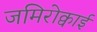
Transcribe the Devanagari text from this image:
जमिरोक्वाई